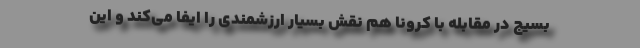
بسیج در مقابله با کرونا هم نقش بسیار ارزشمندی را ایفا می‌کند و این